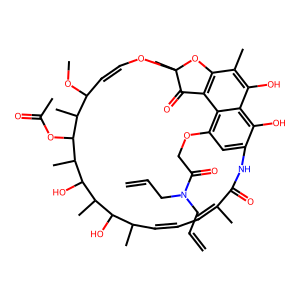
SMILES: C=CCN(CC=C)C(=O)COc1cc2c(O)c3c(O)c(C)c4c(c13)C(=O)C(C)(OC=CC(OC)C(C)C(OC(C)=O)C(C)C(O)C(C)C(O)C(C)C=CC=C(C)C(=O)N2)O4
Inhibits HIV replication: No